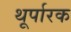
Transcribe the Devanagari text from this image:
थूर्पारक